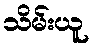
သိမ်းယူ